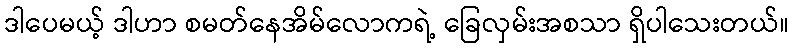
ဒါပေမယ့် ဒါဟာ စမတ်နေအိမ်လောကရဲ့ ခြေလှမ်းအစသာ ရှိပါသေးတယ်။